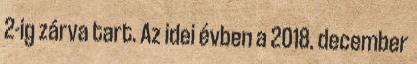
2-ig zárva tart. Az idei évben a 2018. december